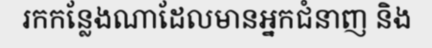
រកកន្លែងណាដែលមានអ្នកជំនាញ និង